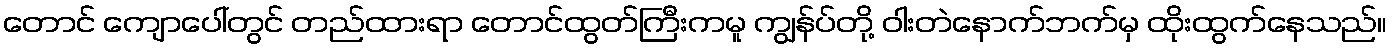
တောင် ကျောပေါ်တွင် တည်ထားရာ တောင်ထွတ်ကြီးကမူ ကျွန်ပ်တို့ ဝါးတဲနောက်ဘက်မှ ထိုးထွက်နေသည်။